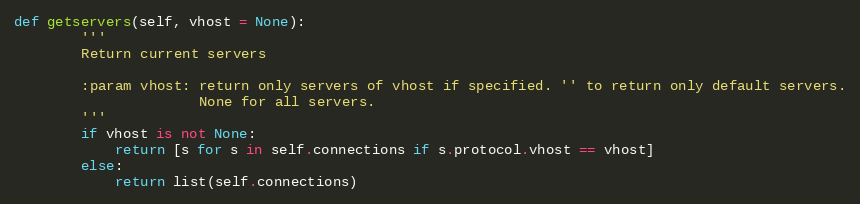
Language: Python
def getservers(self, vhost = None):
        '''
        Return current servers

        :param vhost: return only servers of vhost if specified. '' to return only default servers.
                      None for all servers.
        '''
        if vhost is not None:
            return [s for s in self.connections if s.protocol.vhost == vhost]
        else:
            return list(self.connections)